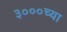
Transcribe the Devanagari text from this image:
३०००च्या